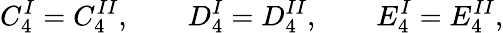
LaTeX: C_{4}^{I}=C_{4}^{II},\qquad D_{4}^{I}=D_{4}^{II},\qquad E_{4}^{I}=E_{4}^{II},